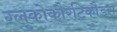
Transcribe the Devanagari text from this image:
ग्लुकोकौरटिकौडस